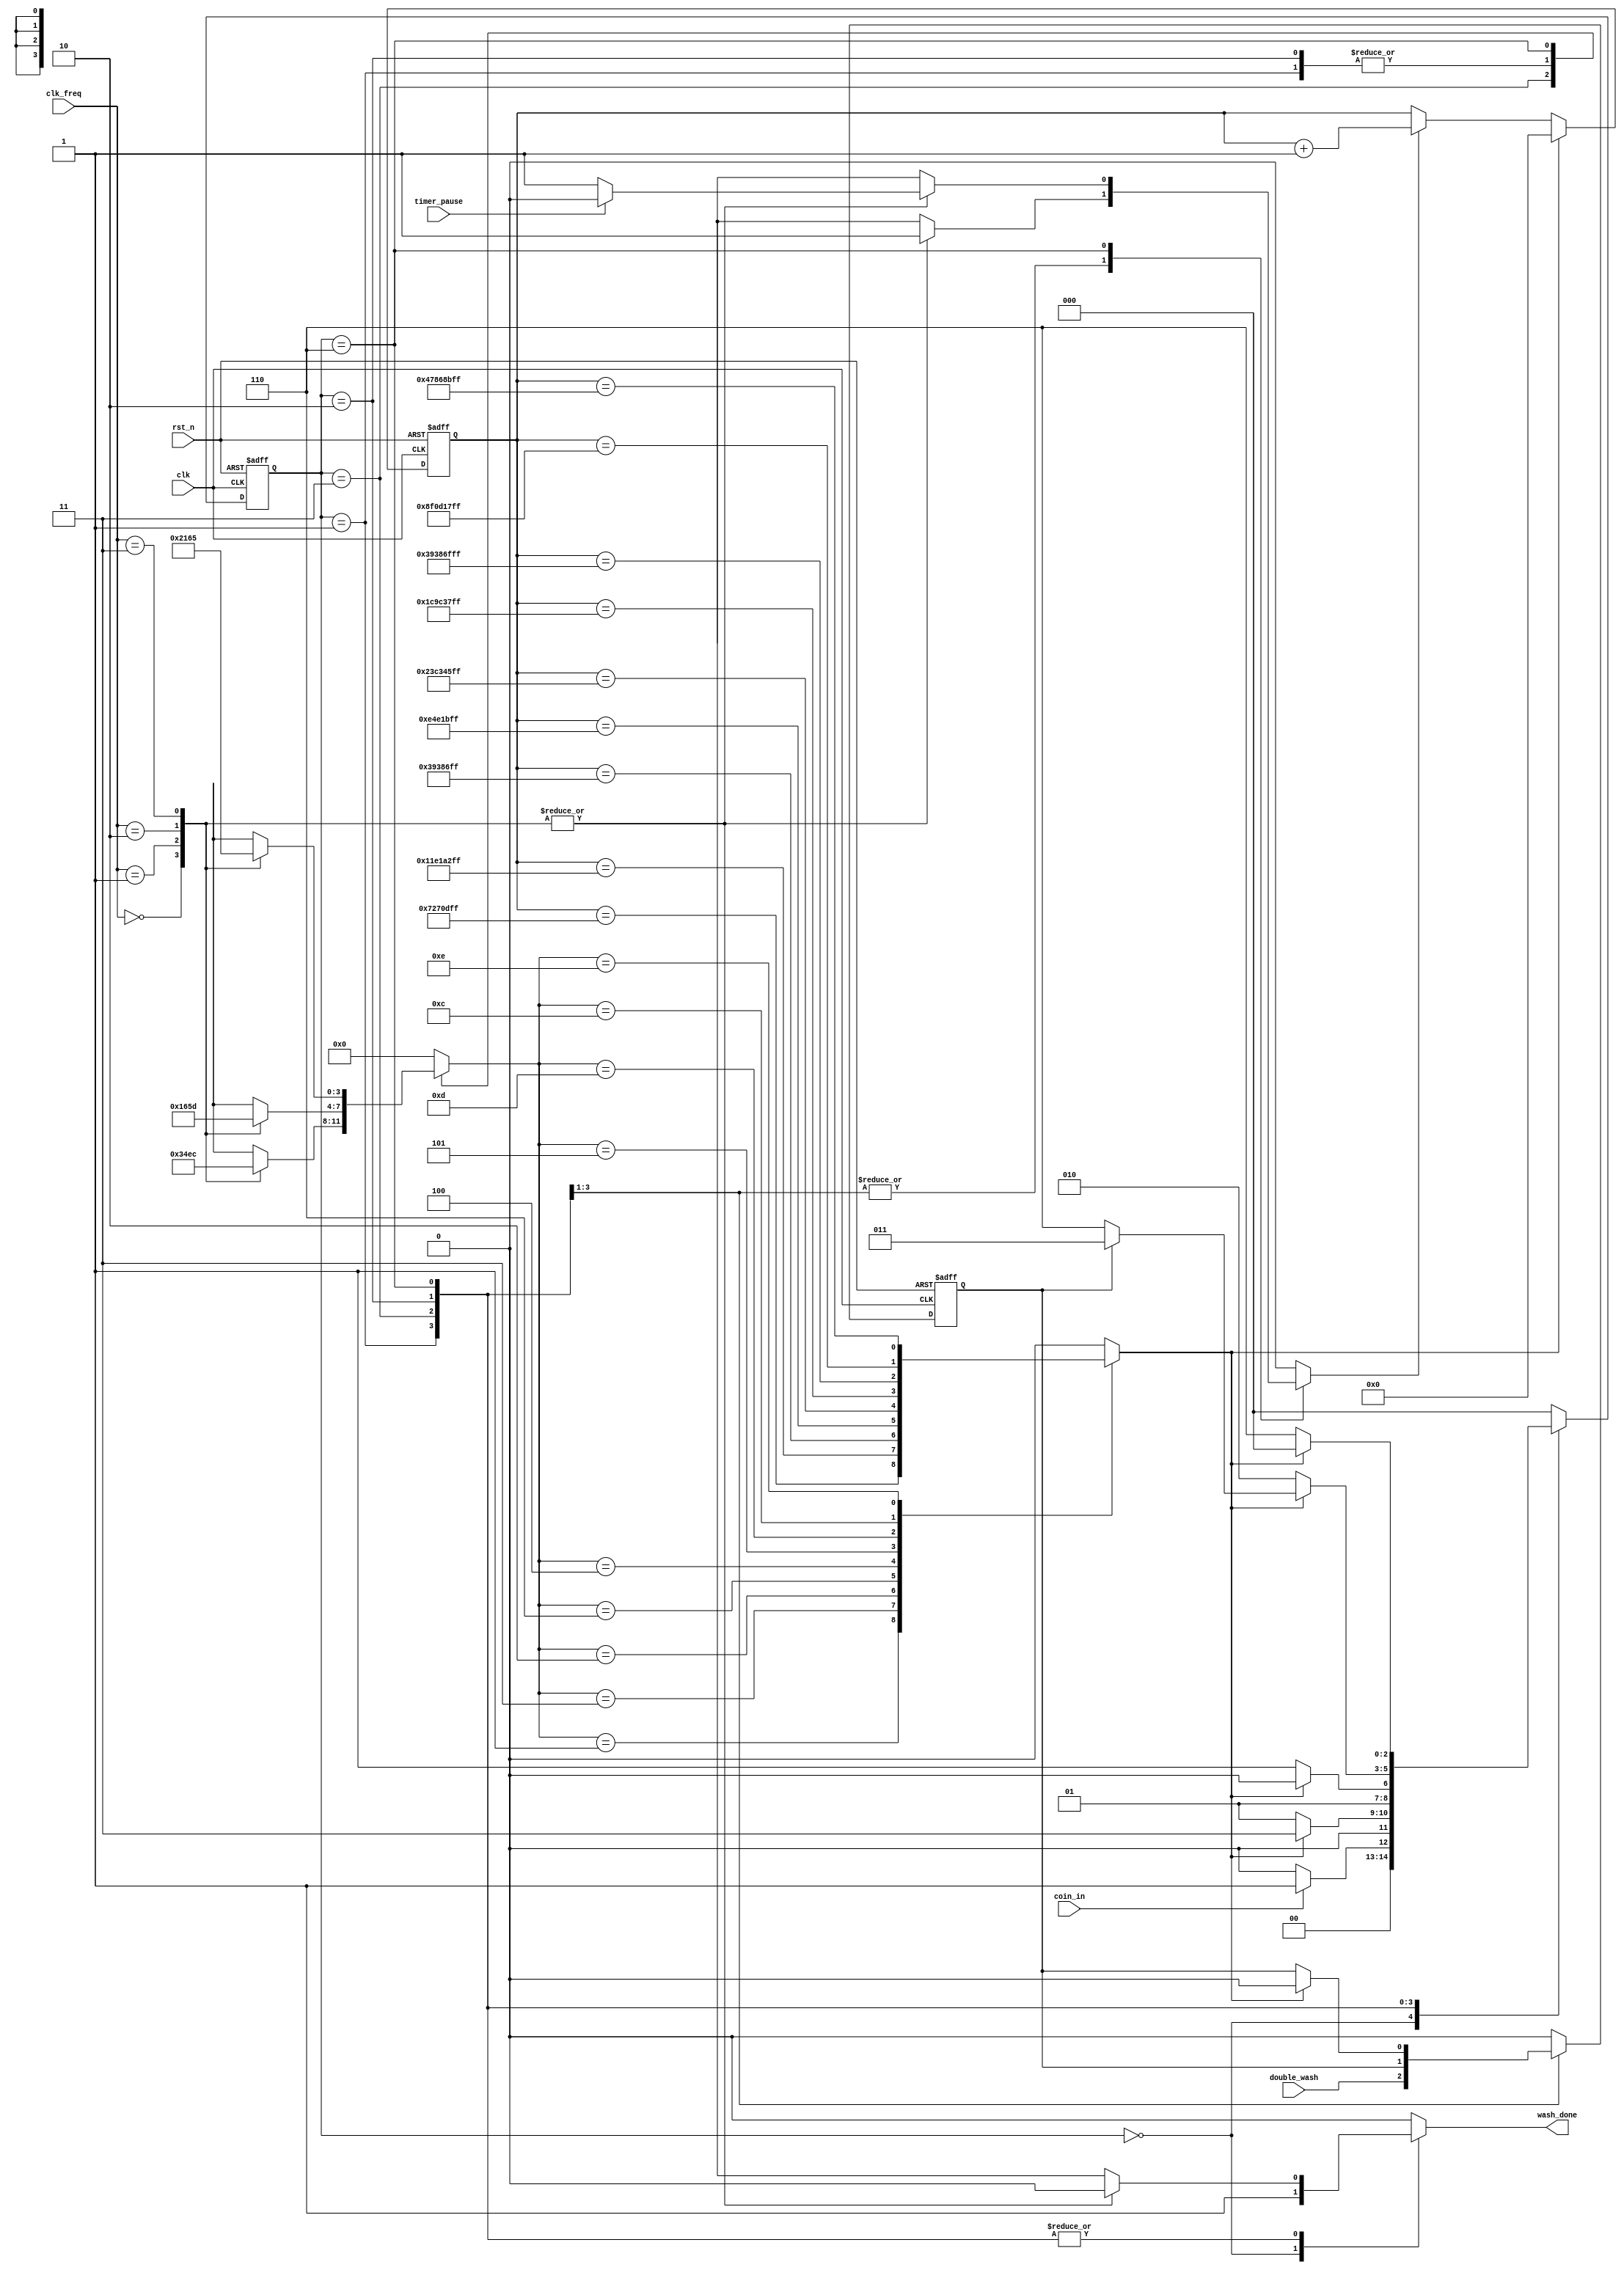
module controller (
   input wire        clk,
   input wire  [1:0] clk_freq,
   input wire        rst_n,
   
   input wire coin_in,
   input wire double_wash,
   input wire timer_pause,

   output reg wash_done

);


reg       start_count;              // Used to tell the counter to start counting.
reg [3:0] count_amount;             // Used to tell the counter the # of clock cycles to count.
reg       count_done;               // Used to tell the FSM that the count is done.

//~~~~~~~~~~~~~~~~~~~~~~~~~~~~~~~~~~~~~~~~~~~~~~~~~~~~~~~~~~~~~~~~~~~~~~
//~~~~~~~~~~~~~~~~~~~~~~~~~~~~~~ FSM  ~~~~~~~~~~~~~~~~~~~~~~~~~~~~~~~~~~
//~~~~~~~~~~~~~~~~~~~~~~~~~~~~~~~~~~~~~~~~~~~~~~~~~~~~~~~~~~~~~~~~~~~~~~

reg [2:0] current_state, next_state;

localparam IDLE           = 3'b000,  //FSM States (Grey encoded)
           Filling_water  = 3'b001,
           Washing        = 3'b011, 
           Rinsing        = 3'b010, 
           Spinning       = 3'b110;

//~~~~~~~~~~~~~~~~~~~~~~~~~~~~~~ STATE TRANSITION ~~~~~~~~~~~~~~~~~~~~~~
always @(posedge clk or negedge rst_n) 
   begin
      if(!rst_n)
         current_state <= IDLE;
      else
         current_state <= next_state;
   end

// This part is used to satisfy the double wash condition.
reg   second_wash;                                   // Second_wash is a variable used to satisfy the double wash condition. 
reg   second_wash_reg;

always @(posedge clk or negedge rst_n)               // This register is used to register the second wash signal value to break any comb. loops.
   begin
      if(!rst_n)
         second_wash_reg <= 1'b0;
      else
         second_wash_reg <= second_wash;
   end
//~~~~~~~~~~~~~~~~~~~~~~~~~~~~~~ NEXT STATE LOGIC ~~~~~~~~~~~~~~~~~~~~~~
always @(*) 
   begin
     second_wash = 1'b0;                              // Initializing the second wash signal.
      case(current_state)
         IDLE:
            begin
               if(!coin_in)
                  next_state = IDLE;                   // Stay IDLE till the coin_in signal asserted.
               else
                  next_state = Filling_water;          // To the next state.
            end
         Filling_water:
            begin
               second_wash = double_wash;              // Raise the secon_wash signal if the user requires a double wash.

               if(count_done)                          // Is the time of this state passed ? (the counter reached the corresponding # of clock cycles?)
                  begin                                // if yes, go to the next state.
                     next_state = Washing;
                  end
               else
                  next_state = Filling_water;         // if no, then stay at this state till its period of time passes.
            end
         Washing:
            begin
               second_wash = second_wash_reg;         // Keep the value of the second_wash signal as it is.
               if(count_done)
                  begin
                     next_state = Rinsing;            // Same explaination as the previous state.
                  end
               else
                  next_state = Washing;
            end
         Rinsing:
            begin               
               if(count_done)
                  begin
                     if(second_wash_reg)                // If the user requires a double wash, go back again to the Wash and Rinse states. 
                        begin                           // and lower the second_wash signal to prevent stucking in these two states, then
                           next_state = Washing;        // complete the operation normaly.
                        end
                     else
                        next_state = Spinning;         // If the used dosnt want a double wash then go to the Spinning state and finish the
                  end                                  // operation.
               else
                  begin
                     next_state = Rinsing;
                     second_wash = second_wash_reg;    // keep the value of the secon_wash signal till the first Rinse state is done. If this
                  end                                  // line is not written, the second_wash signal will be given the initial value 0 even if
            end                                        // the double_wash signal is high.

         Spinning:
            begin
               if(count_done)                  // Last state in the operation.
                  next_state = IDLE;
               else 
                  next_state = Spinning;
            end

      default:
         next_state = IDLE;
      endcase
   end


//~~~~~~~~~~~~~~~~~~~~~~~~~ OUTPUT LOGIC ~~~~~~~~~~~~~~~~~~~~~~~~~~~~~~~

// Each state has 4 possible outputs to tell the counter the # of clocks
// to count accourding to the given (clk_freq). And when the counting is
// done, the FSM goes to the next state till the full operation complete.

always @(*) 
   begin
      case(current_state)
         IDLE:
            begin
               start_count  = 1'b0;              // Dont count anything.
               count_amount = 4'b0000;           // There is 9 unique # of clocks to count in the differnt casese of the freq. encoded in 4 bits.
               wash_done    = 1'b1;              // The washing is done and the washing machine is IDLE.
            end
         Filling_water:
            begin
               case (clk_freq)
               2'b00:
                  begin
                     start_count  = 1'b1;      // Tells the counter to start countnting.
                     count_amount = 4'b0001;   // Count the given corresponding # of clock cycles.
                     wash_done    = 1'b0;      // Wont be High till the complete operation is done.
                  end
               2'b01:
                  begin
                     start_count  = 1'b1;
                     count_amount = 4'b0110;
                     wash_done    = 1'b0;
                  end
               2'b10:
                  begin
                     start_count  = 1'b1;
                     count_amount = 4'b0101;
                     wash_done    = 1'b0;
                  end
               2'b11:
                  begin
                     start_count  = 1'b1;
                     count_amount = 4'b1101;
                     wash_done    = 1'b0;
                  end
               endcase
            end
         Washing:
            begin
               case (clk_freq)
               2'b00:
                  begin
                     start_count  = 1'b1;         // Same as previous explaination 
                     count_amount = 4'b0011;
                     wash_done    = 1'b0;
                  end
               2'b01:
                  begin
                     start_count  = 1'b1;
                     count_amount = 4'b0100;
                     wash_done    = 1'b0;
                  end
               2'b10:
                  begin
                     start_count  = 1'b1;
                     count_amount = 4'b1110;
                     wash_done    = 1'b0;
                  end  
               2'b11:
                  begin
                     start_count  = 1'b1;
                     count_amount = 4'b1100;
                     wash_done    = 1'b0;
                  end
               endcase
            end
         Rinsing:
            begin
               case (clk_freq)
               2'b00:
                  begin
                     start_count  = 1'b1;
                     count_amount = 4'b0001;
                     wash_done    = 1'b0;
                  end
               2'b01:
                  begin
                     start_count  = 1'b1;
                     count_amount = 4'b0110;
                     wash_done    = 1'b0;
                  end
               2'b10:
                  begin
                     start_count  = 1'b1;
                     count_amount = 4'b0101;
                     wash_done    = 1'b0;
                  end
               2'b11:
                  begin
                     start_count  = 1'b1;
                     count_amount = 4'b1101;
                     wash_done    = 1'b0;
                  end
               endcase
            end

         Spinning:
            begin
               case (clk_freq)
               2'b00:
                  begin
                     if(timer_pause)                // IF the timer_pause flag is asserted, tell the counter to stop counting till de-assertion
                        start_count  = 1'b0;
                     else
                        start_count  = 1'b1;

                     count_amount = 4'b0010;
                     wash_done    = 1'b0;   
                  end
               2'b01:
                  begin
                     if(timer_pause)
                        start_count  = 1'b0;
                     else
                        start_count  = 1'b1;
                     count_amount = 4'b0001;
                     wash_done    = 1'b0;  
                  end
               2'b10:
                  begin
                     if(timer_pause)
                        start_count  = 1'b0;
                     else
                        start_count  = 1'b1;
                     count_amount = 4'b0110;
                     wash_done    = 1'b0;  
                  end
               2'b11:
                  begin
                     if(timer_pause)
                        start_count  = 1'b0;
                     else
                        start_count  = 1'b1;
                     
                     count_amount = 4'b0101;
                     wash_done    = 1'b0;  
                  end
               endcase
            end
      default:
            begin
               start_count  = 1'b0;
               count_amount = 4'b0000;
               wash_done    = 1'b0;   
            end
      endcase
   end


//~~~~~~~~~~~~~~~~~~~~~~~~~~~~~~~~~~~~~~~~~~~~~~~~~~~~~~~~~~~~~~~~~~~~~~
//~~~~~~~~~~~~~~~~~~~~~~~~~~~~~~ COUNTER ~~~~~~~~~~~~~~~~~~~~~~~~~~~~~~~
//~~~~~~~~~~~~~~~~~~~~~~~~~~~~~~~~~~~~~~~~~~~~~~~~~~~~~~~~~~~~~~~~~~~~~~
// Counts the given # of clock cycles (count_amount) and raise a flag 
// to tell the FSM that the current state is completed.  



reg [31:0] count;      // The maximun number of clocks to count is 2400M which could be stored at a 32 bit register
reg [31:0] count_comb; 

// Counter Seq. procedural block
always @(posedge clk or negedge rst_n) 
   begin
      if(!rst_n)
         count <= 32'b0;
      else if(count_done)
         count <= 32'b0;
      else
         count <= count_comb;
   end

// Counter Comb. procedural block
always @(*) 
   begin
      if(start_count) // start_count is a signal that tells the counter when to count and when to stop counting
         count_comb = count + 32'b1;
      else
         count_comb = count;
   end

// Output Comb. logic
always @(*) 
   begin
      count_done = 1'b0;
      case(count_amount)
         4'b0001: //grey encoded
            count_done = (count == 32'd120000000-1);       // 120M count
         4'b0011:                                           
            count_done = (count == 32'd300000000-1);       // 300M count
         4'b0010:
            count_done = (count == 32'd60000000-1);        // 60M count
         4'b0110:
            count_done = (count == 32'd240000000-1);       // 240M count
         4'b0100:
            count_done = (count == 32'd600000000-1);       // 600M count
         4'b0101:
            count_done = (count == 32'd480000000-1);       // 480M count
         4'b1101:
            count_done = (count == 32'd960000000-1);       // 960M count
         4'b1100:
            count_done = (count == 32'd2400000000-1);      // 2400M count
         4'b1110:
            count_done = (count == 32'd1200000000-1);      // 1200M count
         default:
            count_done = 1'b0;
      endcase
   end
   
endmodule